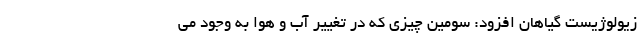
زیولوژیست گیاهان افزود: سومین چیزی که در تغییر آب و هوا به وجود می